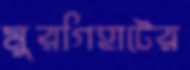
মুরগিহাটের